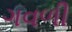
ગવળી